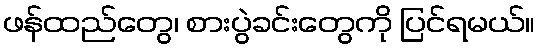
ဖန်ထည်တွေ၊ စားပွဲခင်းတွေကို ပြင်ရမယ်။